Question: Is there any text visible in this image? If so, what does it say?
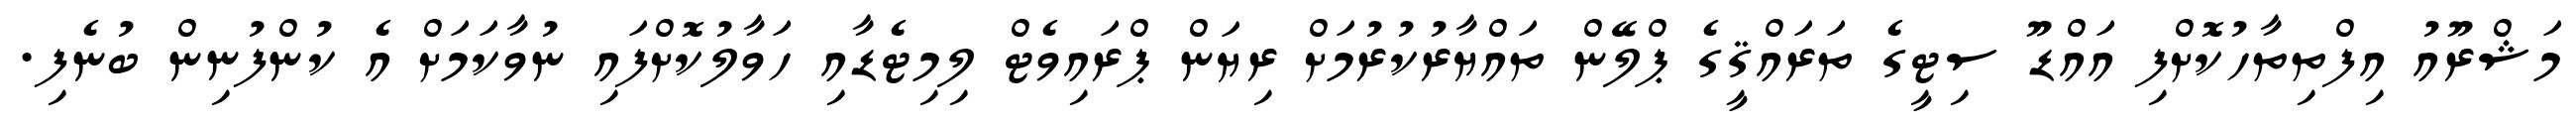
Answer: މަޝްރޫއު އިފްތިތާހުކޮށްފި އައްޑޫ ސިޓީގެ ތަރައްޤީގެ ޕްލޭން ތައްޔާރުކުރުމަށް ރިޔަން ޕްރައިވެޓް ލިމިޓެޑާއި ހަވާލުކޮށްފައި ނުވާކަމަށް އެ ކުންފުނިން ބުނެފި.